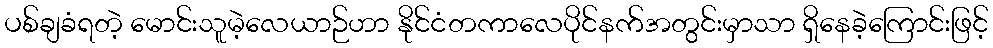
ပစ်ချခံရတဲ့ မောင်းသူမဲ့လေယာဉ်ဟာ နိုင်ငံတကာလေပိုင်နက်အတွင်းမှာသာ ရှိနေခဲ့ကြောင်းဖြင့်